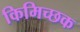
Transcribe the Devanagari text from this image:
किमिच्छक